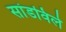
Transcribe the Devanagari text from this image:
सांडविले